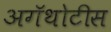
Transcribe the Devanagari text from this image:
अगॅथोटीस